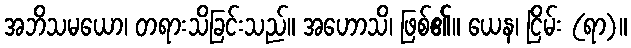
အဘိသမယော၊ တရားသိခြင်းသည်။ အဟောသိ၊ ဖြစ်၏။ ယေန၊ ငြိမ်း (ရာ)။